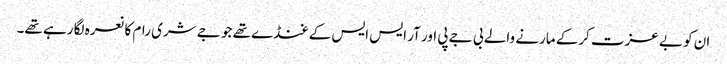
ان کو بے عزت کرکے مارنے والے بی جے پی اور آر ایس ایس کے غنڈے تھے جو جے شری رام کا نعرہ لگا رہے تھے۔